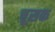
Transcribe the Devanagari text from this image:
चूसक